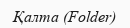
Қалта (Folder)